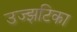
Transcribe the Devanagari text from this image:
उज्झटिका